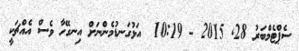
ސެޕްޓެމްބަރު 28